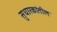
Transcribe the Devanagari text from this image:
सुधारकांतील